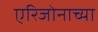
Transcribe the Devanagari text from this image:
एरिजोनाच्या